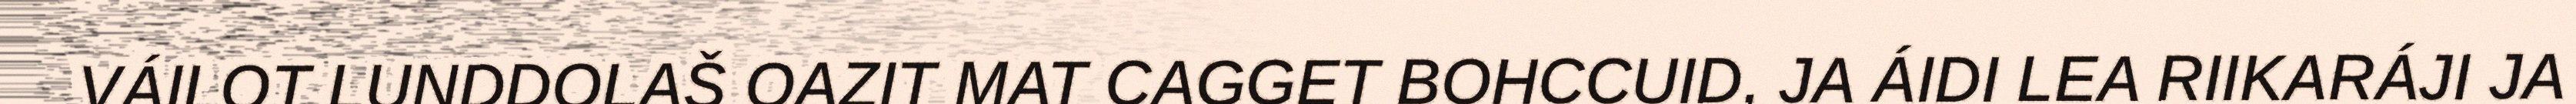
VÁILOT LUNDDOLAŠ OAZIT MAT CAGGET BOHCCUID, JA ÁIDI LEA RIIKARÁJI JA